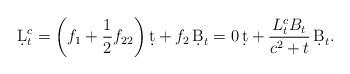
LaTeX: \begin{align*} \d L_t^c =\left( f_1 + \frac{1}{2}f_{22} \right) \d t + f_2 \,\d B_t = 0\, \d t + \frac{L_t^c B_t}{c^2 + t} \,\d B_t.\end{align*}